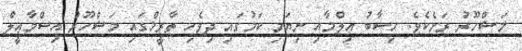
މަޝްހޫރު ރަށެކެވެ. ހިސާބު ޢިލްމާއި ނިޔަމި ކަމުގައި ދިވެހި ތާރީޚްގައި މަޝްހޫރު އިސްމާޢީލް